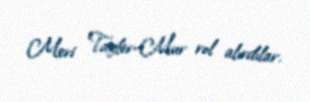
Meri Tayler-Mur rol alırdılar.